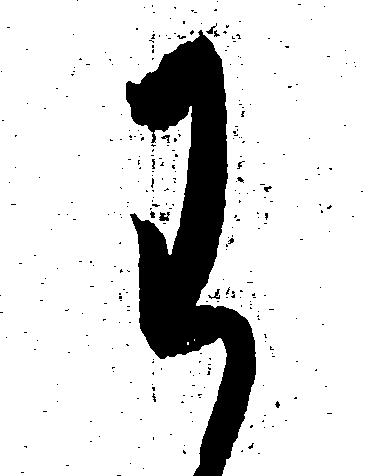
わ